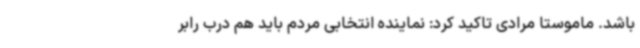
باشد. ماموستا مرادی تاکید کرد: نماینده انتخابی مردم باید هم درب رابر